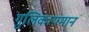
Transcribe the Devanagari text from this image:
गुलिकायमानं